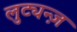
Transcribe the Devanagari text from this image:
लुट्यन्ज़